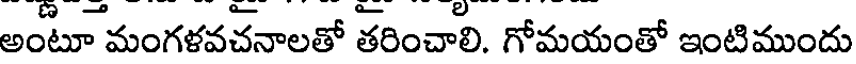
అంటూ మంగళవచనాలతో తరించాలి. గోమయంతో ఇంటిముందు